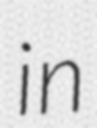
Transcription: in